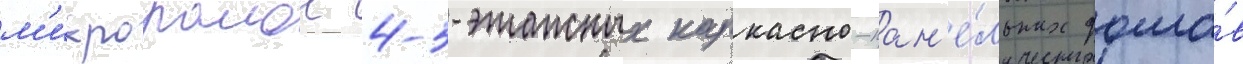
м'икрораион 4-5-этажных каркасно-пан'е́льных домо́в